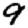
Digit: 9